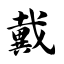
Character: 戴